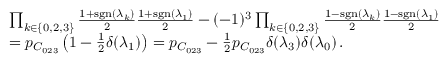
\begin{array} { r l } & { \prod _ { k \in \{ 0 , 2 , 3 \} } \frac { 1 + \operatorname { s g n } ( \lambda _ { k } ) } { 2 } \frac { 1 + \operatorname { s g n } ( \lambda _ { 1 } ) } { 2 } - ( - 1 ) ^ { 3 } \prod _ { k \in \{ 0 , 2 , 3 \} } \frac { 1 - \operatorname { s g n } ( \lambda _ { k } ) } { 2 } \frac { 1 - \operatorname { s g n } ( \lambda _ { 1 } ) } { 2 } } \\ & { = p _ { C _ { 0 2 3 } } \left( 1 - \frac 1 2 \delta ( \lambda _ { 1 } ) \right) = p _ { C _ { 0 2 3 } } - \frac 1 2 p _ { C _ { 0 2 3 } } \delta ( \lambda _ { 3 } ) \delta ( \lambda _ { 0 } ) \, . } \end{array}